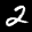
Label: 2